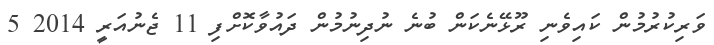
ވަރިކުރުމުން ކައިވެނި ރޫޅޭނެކަން ބުނެ ނުދިނުމުން ދައުވާކޮށްފި 11 ޖެނުއަރީ 2014 5